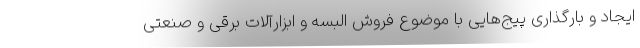
ایجاد و بارگذاری پیج‌هایی با موضوع فروش البسه و ابزارآلات برقی و صنعتی